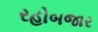
રહોબજાર